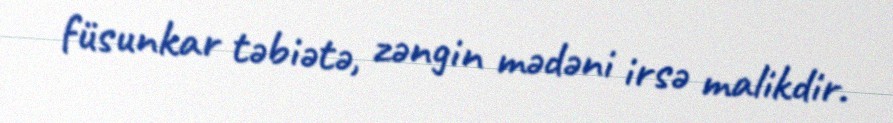
füsunkar təbiətə, zəngin mədəni irsə malikdir.